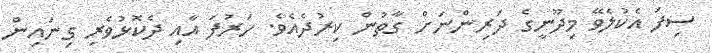
ސިފަ އެކުލެވޭ މިދޫނީގެ ދަރިންނަށް ގާތުން ކިރުދެއެވެ. ހަރުފަ އާއި ދެކޮޅުވެރި ގިނައިން